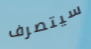
سيتصرف